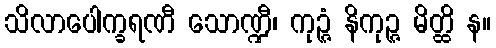
သိလာပေါက္ခရဏီ သောဏ္ဍီ၊ ကုဉ္ဇံ နိကုဉ္ဇ မိတ္ထိ န။